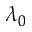
\lambda _ { 0 }